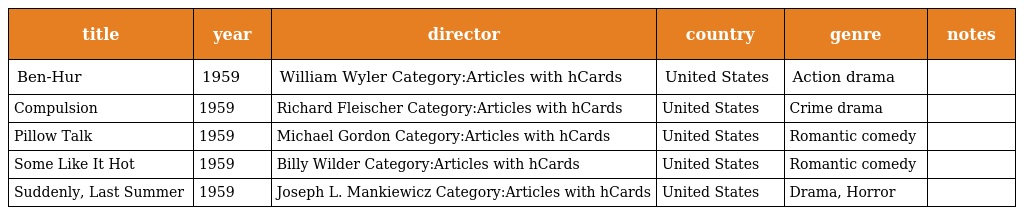
| title | year | director | country | genre | notes |
 | --- | --- | --- | --- | --- | --- |
 | Ben-Hur | 1959 | William Wyler Category:Articles with hCards | United States | Action drama |  |
 | Compulsion | 1959 | Richard Fleischer Category:Articles with hCards | United States | Crime drama |  |
 | Pillow Talk | 1959 | Michael Gordon Category:Articles with hCards | United States | Romantic comedy |  |
 | Some Like It Hot | 1959 | Billy Wilder Category:Articles with hCards | United States | Romantic comedy |  |
 | Suddenly, Last Summer | 1959 | Joseph L. Mankiewicz Category:Articles with hCards | United States | Drama, Horror |  |